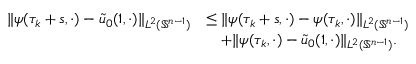
\begin{array} { r l } { \| \psi ( \tau _ { k } + s , \cdot ) - \tilde { u } _ { 0 } ( 1 , \cdot ) \| _ { L ^ { 2 } ( \mathbb { S } ^ { n - 1 } ) } } & { \le \| \psi ( \tau _ { k } + s , \cdot ) - \psi ( \tau _ { k } , \cdot ) \| _ { L ^ { 2 } ( \mathbb { S } ^ { n - 1 } ) } } \\ & { \quad + \| \psi ( \tau _ { k } , \cdot ) - \tilde { u } _ { 0 } ( 1 , \cdot ) \| _ { L ^ { 2 } ( \mathbb { S } ^ { n - 1 } ) } . } \end{array}